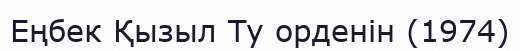
Еңбек Қызыл Ту орденін (1974)